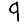
Digit: 9